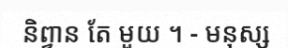
និព្វាន តែ មួយ ។ - មនុស្ស